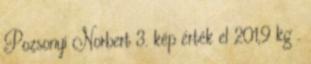
Pozsonyi Norbert 3. kép érték el 201,9 kg .